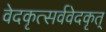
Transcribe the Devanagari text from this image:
वेदकृत्सर्ववेदकृत्